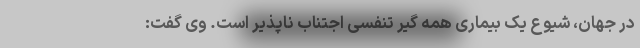
در جهان، شیوع یک بیماری همه گیر تنفسی اجتناب ناپذیر است. وی گفت: